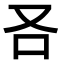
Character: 𠮢